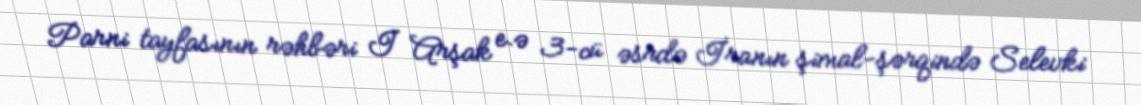
Parni tayfasının rəhbəri I Arşak e.ə 3-cü əsrdə İranın şimal-şərqində Selevki